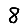
Digit: 8